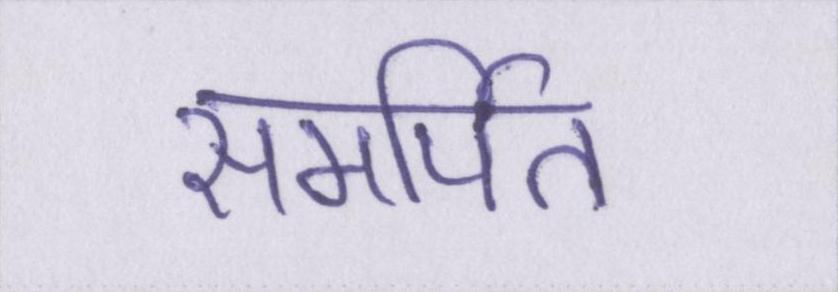
समर्पित